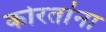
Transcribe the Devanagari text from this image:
कोरतांना